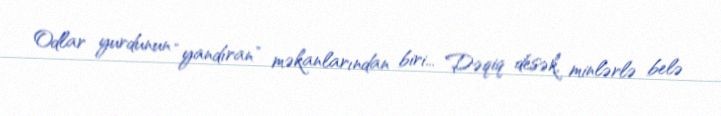
Odlar yurdunun “yandıran” məkanlarından biri... Dəqiq desək, minlərlə belə